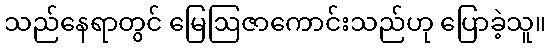
သည်နေရာတွင် မြေဩဇာကောင်းသည်ဟု ပြောခဲ့သူ။